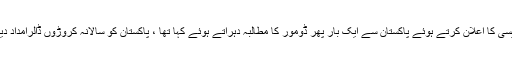
یاد رہے کہ گذشتہ ماہ بھی امریکی صدرڈونلڈٹرمپ نے نئی نیشنل سیکیورٹی پالیسی کا اعلان کرتے ہوئے پاکستان سے ایک بار پھر ڈومور کا مطالبہ دہراتے ہوئے کہا تھا ، پاکستان کو سالانہ کروڑوں ڈالرامداد دیتے ہیں، پاکستان کو بتادیا دہشتگردوں کے خلاف فیصلہ کن کارروائی کرناہوگی۔